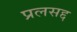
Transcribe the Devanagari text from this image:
प्रलसद्द